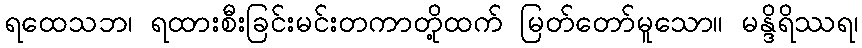
ရထေသဘ၊ ရထားစီးခြင်းမင်းတကာတို့ထက် မြတ်တော်မူသော။ မန္ဒိရိဿရ၊